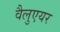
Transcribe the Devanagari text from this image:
वैलुएयर